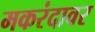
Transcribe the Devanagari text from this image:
मकरंदावर